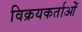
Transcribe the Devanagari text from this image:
विक्रयकर्ताओं